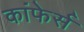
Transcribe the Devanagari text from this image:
कांफेर्स